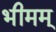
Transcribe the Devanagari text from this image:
भीमम्